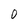
Character: 0